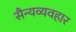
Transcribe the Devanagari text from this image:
सैन्यव्यवहार